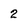
Character: 2